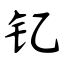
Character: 钇